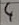
Text: 4